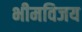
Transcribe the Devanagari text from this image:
भीमविजय